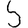
Digit: 5